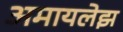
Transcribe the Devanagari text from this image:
अमायलेझ